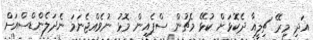
އަދި މިރޭ ޗިލީއާ ދެކޮޅަށް ކުޅޭ މެޗުން ސްޕެއިން މޮޅު ނުވެއްޖެނަމަ ނެދަލެންޑްސްއަށް